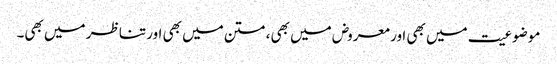
موضوعیت میں بھی اور معروض میں بھی، متن میں بھی اور تناظر میں بھی۔